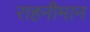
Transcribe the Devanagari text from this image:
राहनीमान